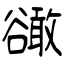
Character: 豃